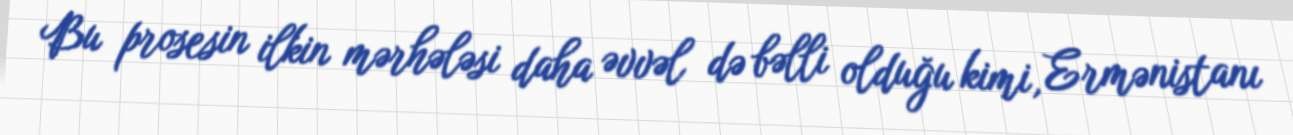
Bu prosesin ilkin mərhələsi daha əvvəl də bəlli olduğu kimi, Ermənistanı